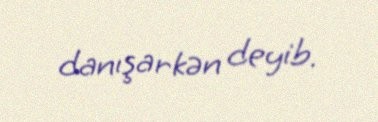
danışarkən deyib.